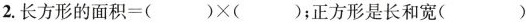
2.长方形的面积=()\times()；正方形是长和宽()